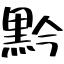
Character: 黔